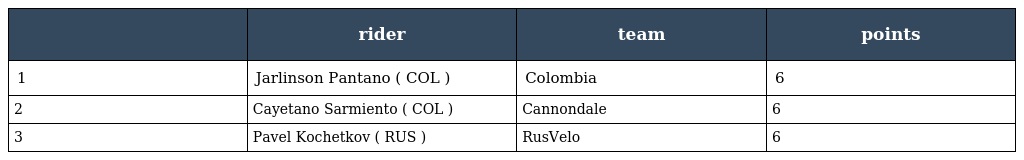
|  | rider | team | points |
 | --- | --- | --- | --- |
 | 1 | Jarlinson Pantano ( COL ) | Colombia | 6 |
 | 2 | Cayetano Sarmiento ( COL ) | Cannondale | 6 |
 | 3 | Pavel Kochetkov ( RUS ) | RusVelo | 6 |